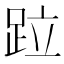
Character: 𨀎